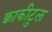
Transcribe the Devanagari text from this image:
क्वाकीटुल